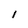
Character: l